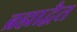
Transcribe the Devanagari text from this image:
ब्रह्माद्वैत